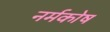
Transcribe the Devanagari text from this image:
नर्मकोष